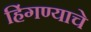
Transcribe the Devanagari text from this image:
हिंगण्याचे